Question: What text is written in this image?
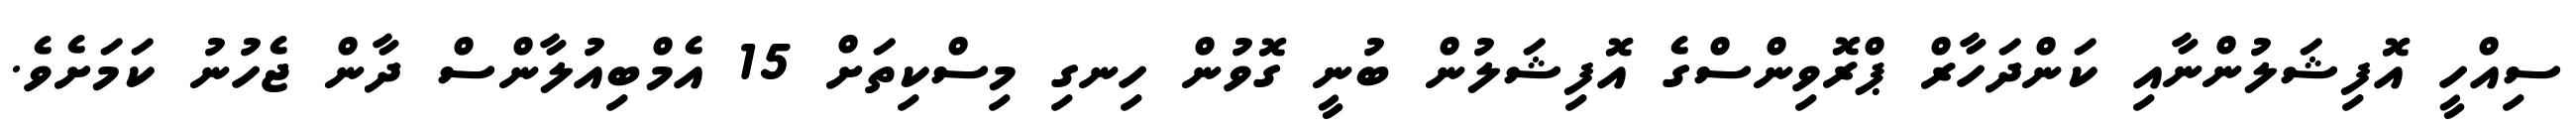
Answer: ސިއްހީ އޮފިޝަލުންނާއި ކަންދަހާރް ޕްރޮވިންސްގެ އޮފިޝަލުން ބުނީ ގޮވުން ހިނގި މިސްކިތަށް 15 އެމްބިއުލާންސް ދާން ޖެހުނު ކަމަށެވެ.